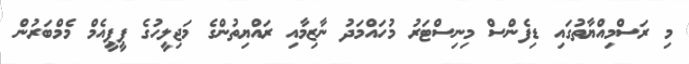
މި ރަސްމިއްޔާތުގައި ޑިފެންސް މިނިސްޓަރު މުހައްމަދު ނާޒިމާއި ރައްޔިތުންގެ މަޖިލީހުގެ ޕީޕީއެމް މެމްބަރުން